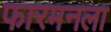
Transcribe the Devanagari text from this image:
फारमनला